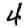
Digit: 4